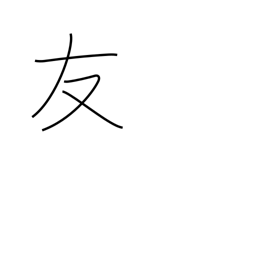
Meaning: friend